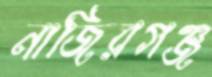
নাজিরগঞ্জ